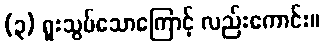
(၃) ရူးသွပ်သောကြောင့် လည်းကောင်း။